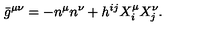
{ } \bar { g } ^ { \mu \nu } = - n ^ { \mu } n ^ { \nu } + h ^ { i j } X _ { i } ^ { \mu } X _ { j } ^ { \nu } .